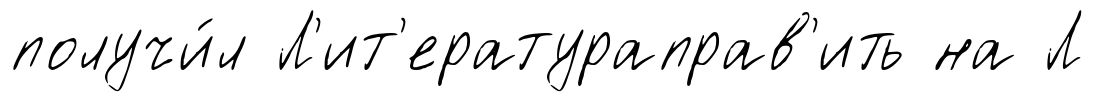
получи́л Л'ит'ератураправ'ить на Л